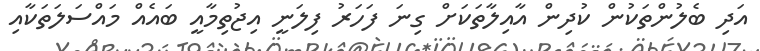
އަދި ބެލުންތަކުން ކުދިން އާއިލާތަކަށް ގިނަ ފަހަރު ފިލަނީ އިޖުތިމާއީ ބައެއް މައްސަލަތަކާއި